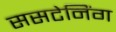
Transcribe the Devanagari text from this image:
ससटेनिंग